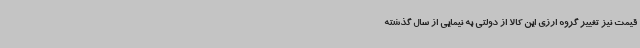
قیمت نیز تغییر گروه ارزی این کالا از دولتی به نیمایی از سال گذشته